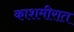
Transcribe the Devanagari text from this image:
काशमीरात